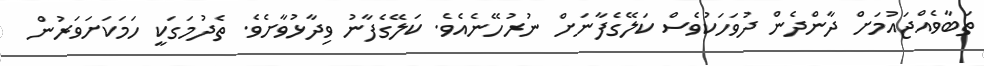
ތަބާވެއްޖައުމަށް ދާންދެން ދުވަހަކުވެސް ކަލޭގެފާނަށް ނުރުހޭނެއެވެ. ކަލޭގެފާނު ވިދާޅުވާށެވެ. ތެދުމަގަކީ ހަމަކަށަވަރުން